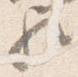
歟